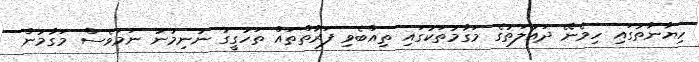
ހިޔާނާތުގައި ހިމެނޭ ދައުލަތުގެ މަގާމުތަކުގައި ތިއްބެވި ފަރާތްތައް ތަހުގީގު ނުނިމުނު ނަމަވެސް މަގާމުން